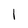
Character: I